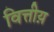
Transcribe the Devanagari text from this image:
वित्तीय़